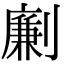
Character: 劆